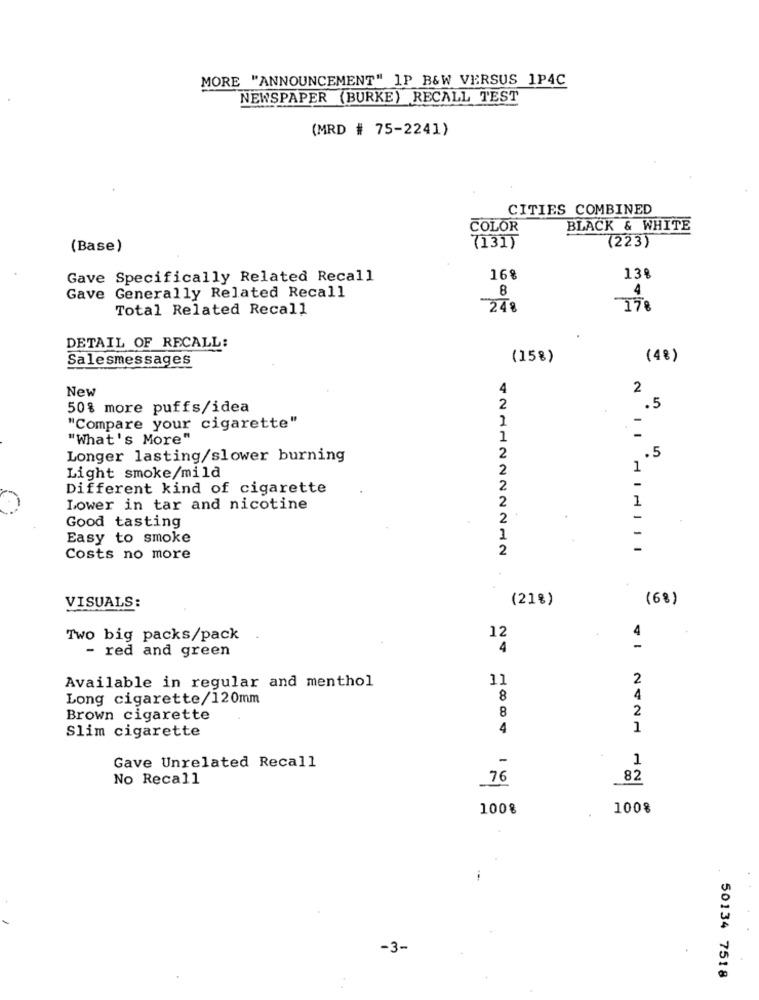
MORE "ANNOUNCEMENT" 1P B&W VERSUS 1P4C
NEWSPAPER (BURKE) RECALL TEST
(MRD # 75-2241)
CITIES COMBINED
COLOR
BLACK & WHITE
(223)
(Base)
(131)
Gave Specifically Related Recall
16%
13%
8
Gave Generally Related Recall
Total Related Recall
248
DETAIL OF RECALL:
Salesmessages
(15%)
(4%)
New
4
2
50% more puffs/idea
2
.5
1
"Compare your cigarette"
"What's More"
1
Longer lasting/slower burning
2
.5
2
1
Light smoke/mild
Different kind of cigarette
2
2
1
Lower in tar and nicotine
Good tasting
2
Easy to smoke
1
2
Costs no more
(21%)
(6%)
VISUALS:
Two big packs/pack
12
4
- red and green
4
11
2
Available in regular and menthol
Long cigarette/120mm
8
4
8
2
Brown cigarette
4
1
Slim cigarette
-
1
Gave Unrelated Recall
No Recall
76
82
100%
100%
-3-
50134 7518